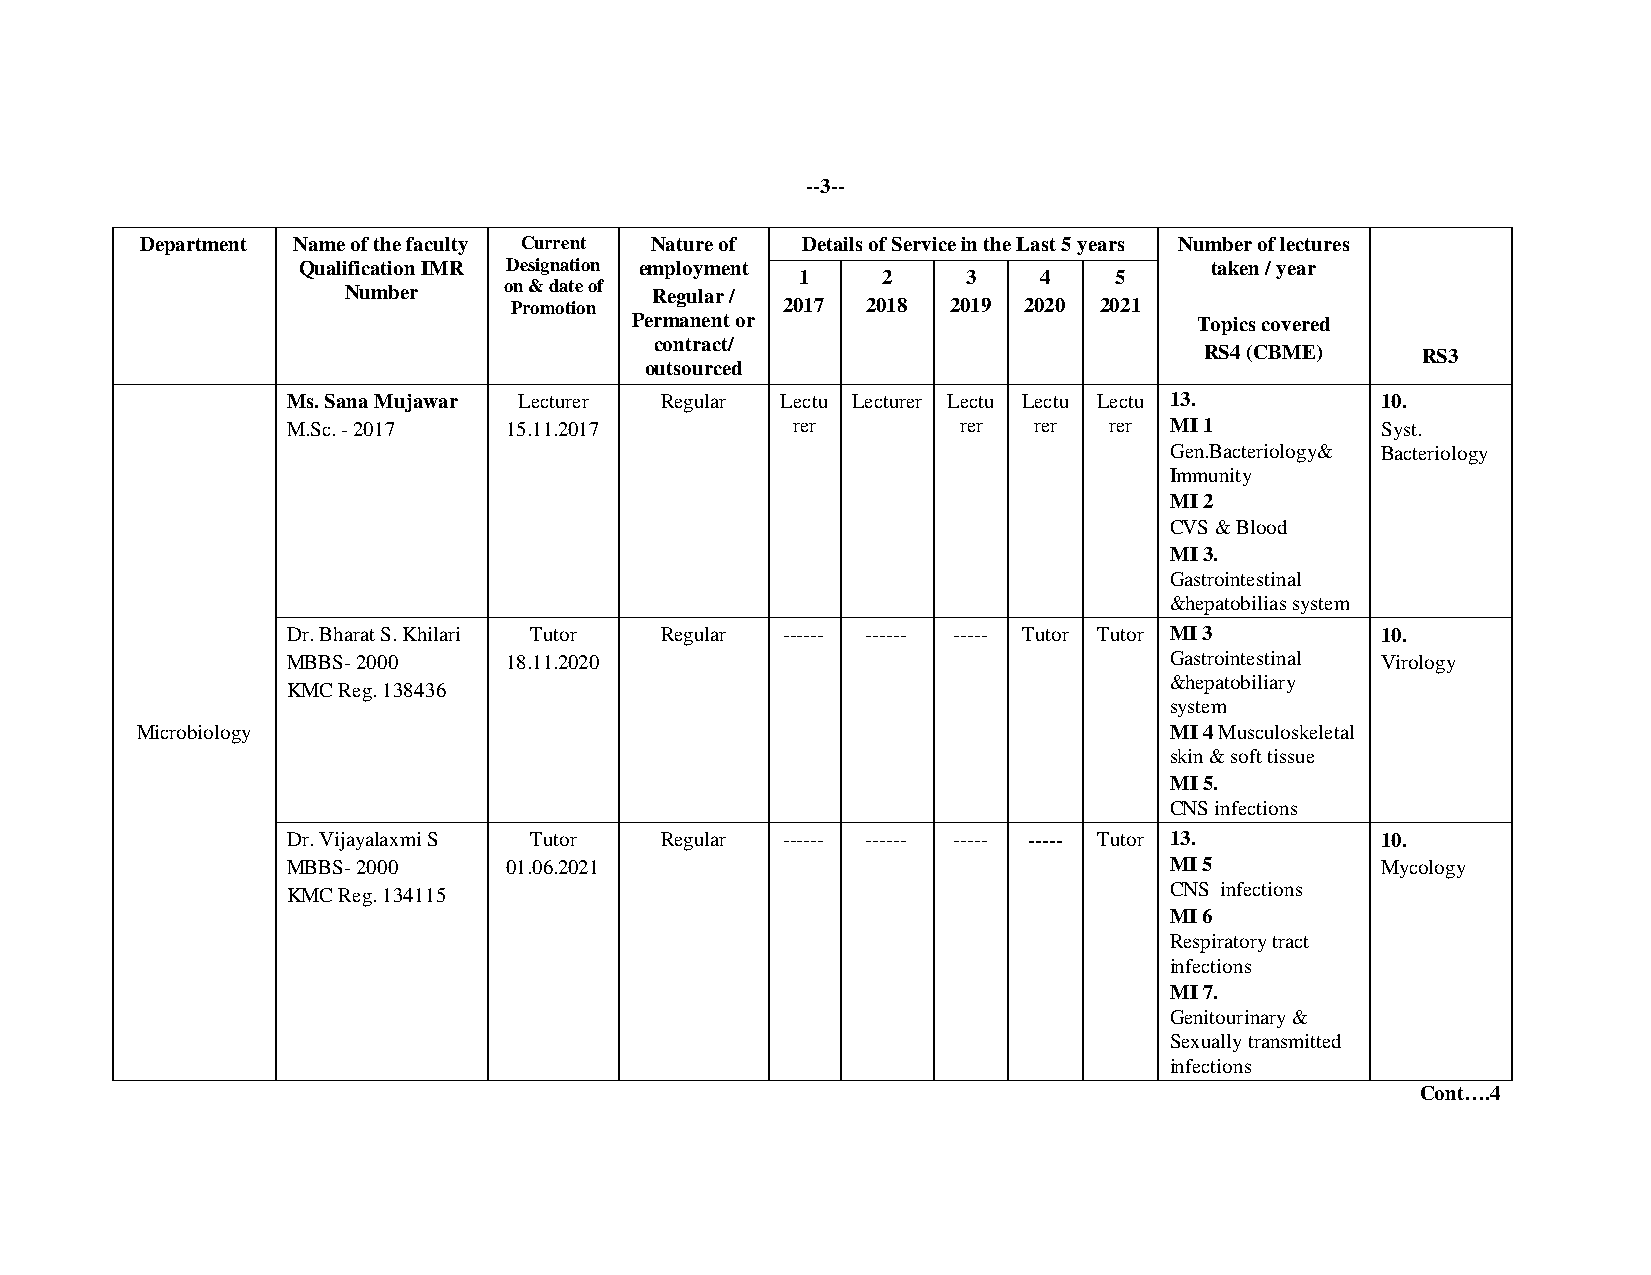
--3--
 Department Name of the faculty Current Nature of Details of Service in the Last 5 years Number of lectures
 Qualification IMR Designation employment
 1    2     3    4    5
 taken / year
 Number    o Pn
 r
 &
 om
 d oa tt ie
 o
 no f Regular /
 2017 2018  2019 2020 2021
 Permanent or                         Topics covered
 contract/
 RS4 (CBME)    RS3
 outsourced
 Ms. Sana Mujawar Lecturer Regular Lectu Lecturer Lectu Lectu Lectu 13.  10.
 M.Sc. - 2017   15.11.2017        rer        rer  rer  rer MI 1          Syst.
 Gen.Bacteriology& Bacteriology
 Immunity
 MI 2
 CVS & Blood
 MI 3.
 Gastrointestinal
 &hepatobilias system
 Dr. Bharat S. Khilari Tutor Regular ------ ------ ----- Tutor Tutor MI 3 10.
 MBBS- 2000     18.11.2020                                 Gastrointestinal Virology
 &hepatobiliary
 KMC Reg. 138436
 system
 Microbiology                                                        MI 4 Musculoskeletal
 skin & soft tissue
 MI 5.
 CNS infections
 Dr. Vijayalaxmi S Tutor  Regular ------ ------ ----- ----- Tutor 13.    10.
 MBBS- 2000     01.06.2021                                 MI 5          Mycology
 KMC Reg. 134115                                           CNS infections
 MI 6
 Respiratory tract
 infections
 MI 7.
 Genitourinary &
 Sexually transmitted
 infections
 Cont….4